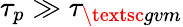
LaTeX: \tau_{p}\gg\tau_{\textsc{gvm}}